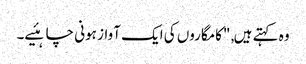
وہ کہتے ہیں, "کامگاروں کی ایک آواز ہونی چاہئیے۔